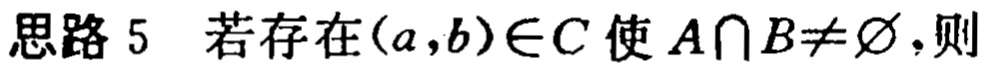
思路 5 若存在\((a,b)\in C\)使\(A\cap B\neq\varnothing\)，则